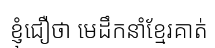
ខ្ញុំជឿថា មេដឹកនាំខ្មែរគាត់